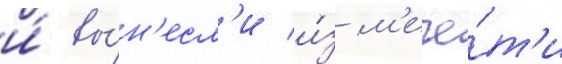
и́ вы́н'есл'и и́з м'ече́т'и